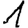
Digit: 1